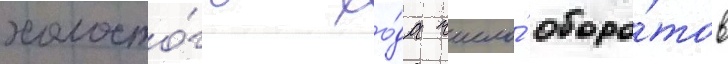
холосто́го хо́да число́ оборо́тов